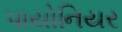
પાયોનિયર